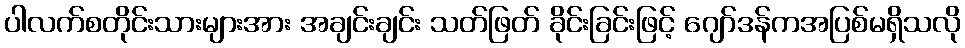
ပါလက်စတိုင်းသားများအား အချင်းချင်း သတ်ဖြတ် ခိုင်းခြင်းဖြင့် ဂျော်ဒန်ကအပြစ်မရှိသလို